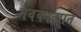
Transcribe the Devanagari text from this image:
नवकाव्यात